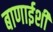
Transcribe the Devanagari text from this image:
बाणाईशी